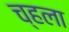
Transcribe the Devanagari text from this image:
च्हला